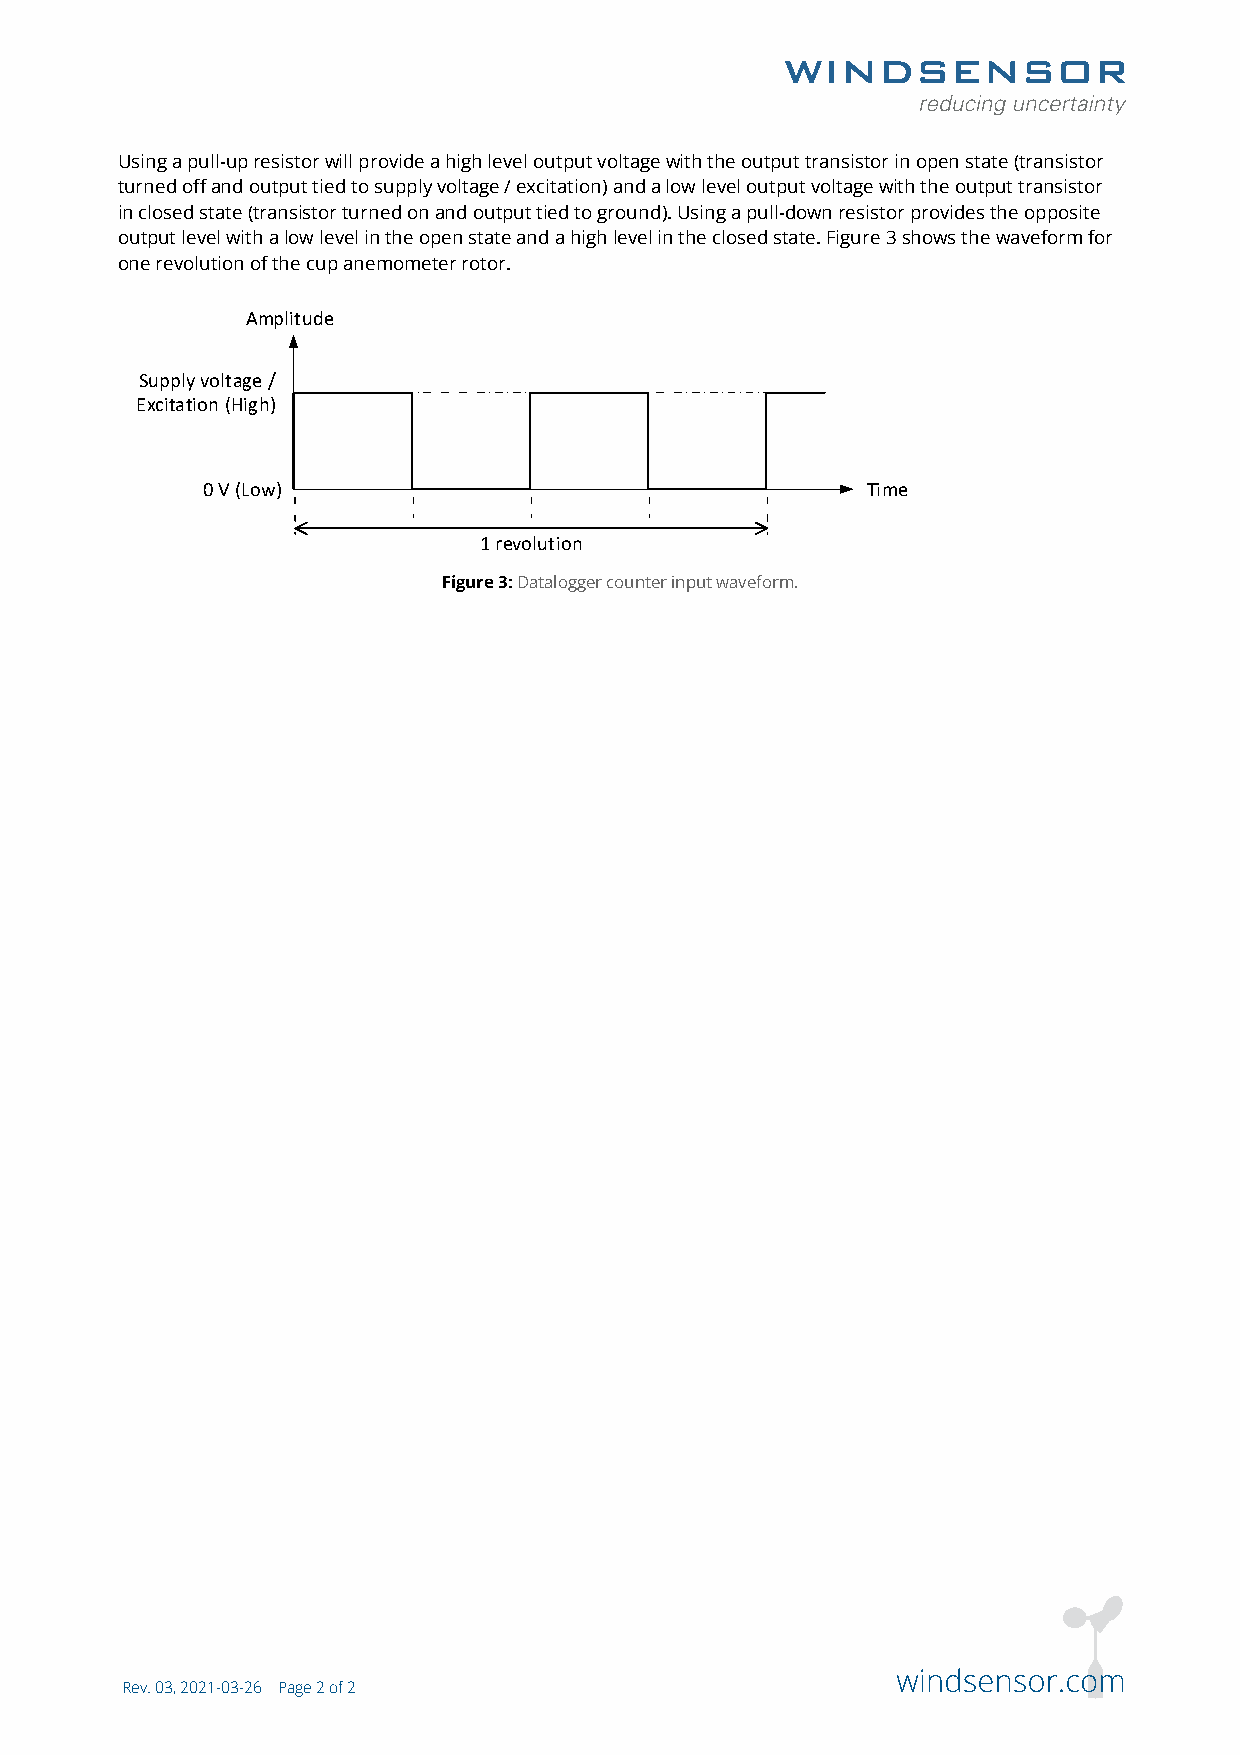
Using a pull-up resistor will provide a high level output voltage with the output transistor in open state (transistor
 turned off and output tied to supply voltage / excitation) and a low level output voltage with the output transistor
 in closed state (transistor turned on and output tied to ground). Using a pull-down resistor provides the opposite
 output level with a low level in the open state and a high level in the closed state. Figure 3 shows the waveform for
 one revolution of the cup anemometer rotor.
 Amplitude
 Supply voltage /
 Excitation (High)
 0 V (Low)                                   Time
 1 revolution
 Figure 3: Datalogger counter input waveform.
 Rev. 03, 2021-03-26 Page 2 of 2